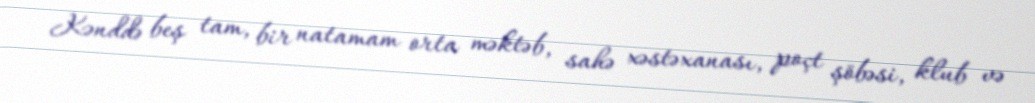
Kənddə beş tam, bir natamam orta məktəb, sahə xəstəxanası, poçt şöbəsi, klub və